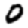
Digit: 0